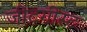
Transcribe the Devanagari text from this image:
जीटगीस्ट